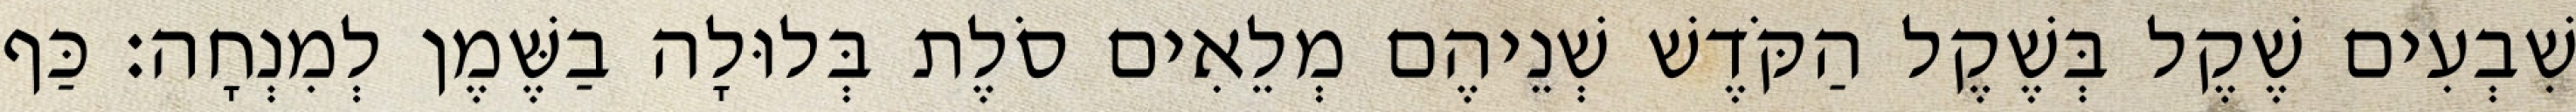
שִׁבְעִים שֶׁקֶל בְּשֶׁקֶל הַקֹּדֶשׁ שְׁנֵיהֶם מְלֵאִים סֹלֶת בְּלוּלָה בַשֶּׁמֶן לְמִנְחָה׃ כַּף